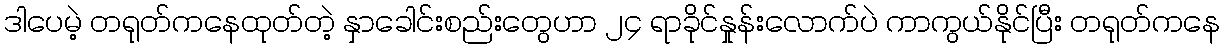
ဒါပေမဲ့ တရုတ်ကနေထုတ်တဲ့ နှာခေါင်းစည်းတွေဟာ ၂၄ ရာခိုင်နှုန်းလောက်ပဲ ကာကွယ်နိုင်ပြီး တရုတ်ကနေ